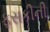
ફૂસકીની